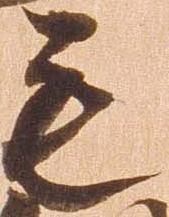
毛